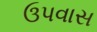
ઉપવાસ